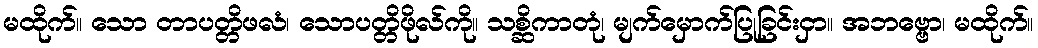
မထိုက်။ သော တာပတ္တိဖလံ၊ သောပတ္တိဖိုလ်ကို။ သစ္ဆိကာတုံ၊ မျက်မှောက်ပြုခြင်းငှာ။ အဘဗ္ဗော၊ မထိုက်။